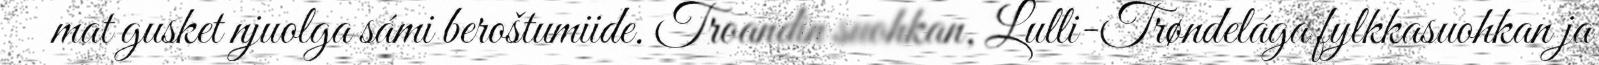
mat gusket njuolga sámi beroštumiide. Troandin suohkan, Lulli-Trøndelága fylkkasuohkan ja